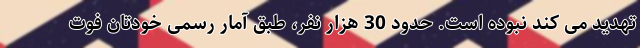
تهدید می کند نبوده است. حدود 30 هزار نفر، طبق آمار رسمی خودتان فوت